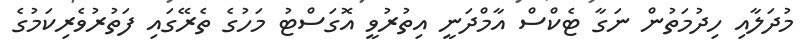
މުދަލާއި ހިދުމަތުން ނަގާ ޓެކްސް އާމްދަނީ އިތުރުވީ އޮގަސްޓު މަހުގެ ތެރޭގައި ފަތުރުވެރިކަމުގެ